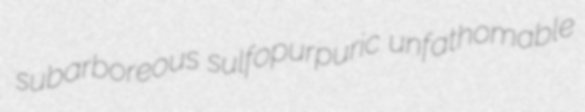
subarboreous sulfopurpuric unfathomable